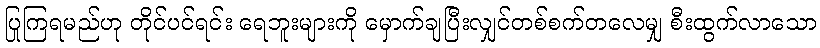
ပြုကြရမည်ဟု တိုင်ပင်ရင်း ရေဘူးများကို မှောက်ချပြီးလျှင်တစ်စက်တလေမျှ စီးထွက်လာသော